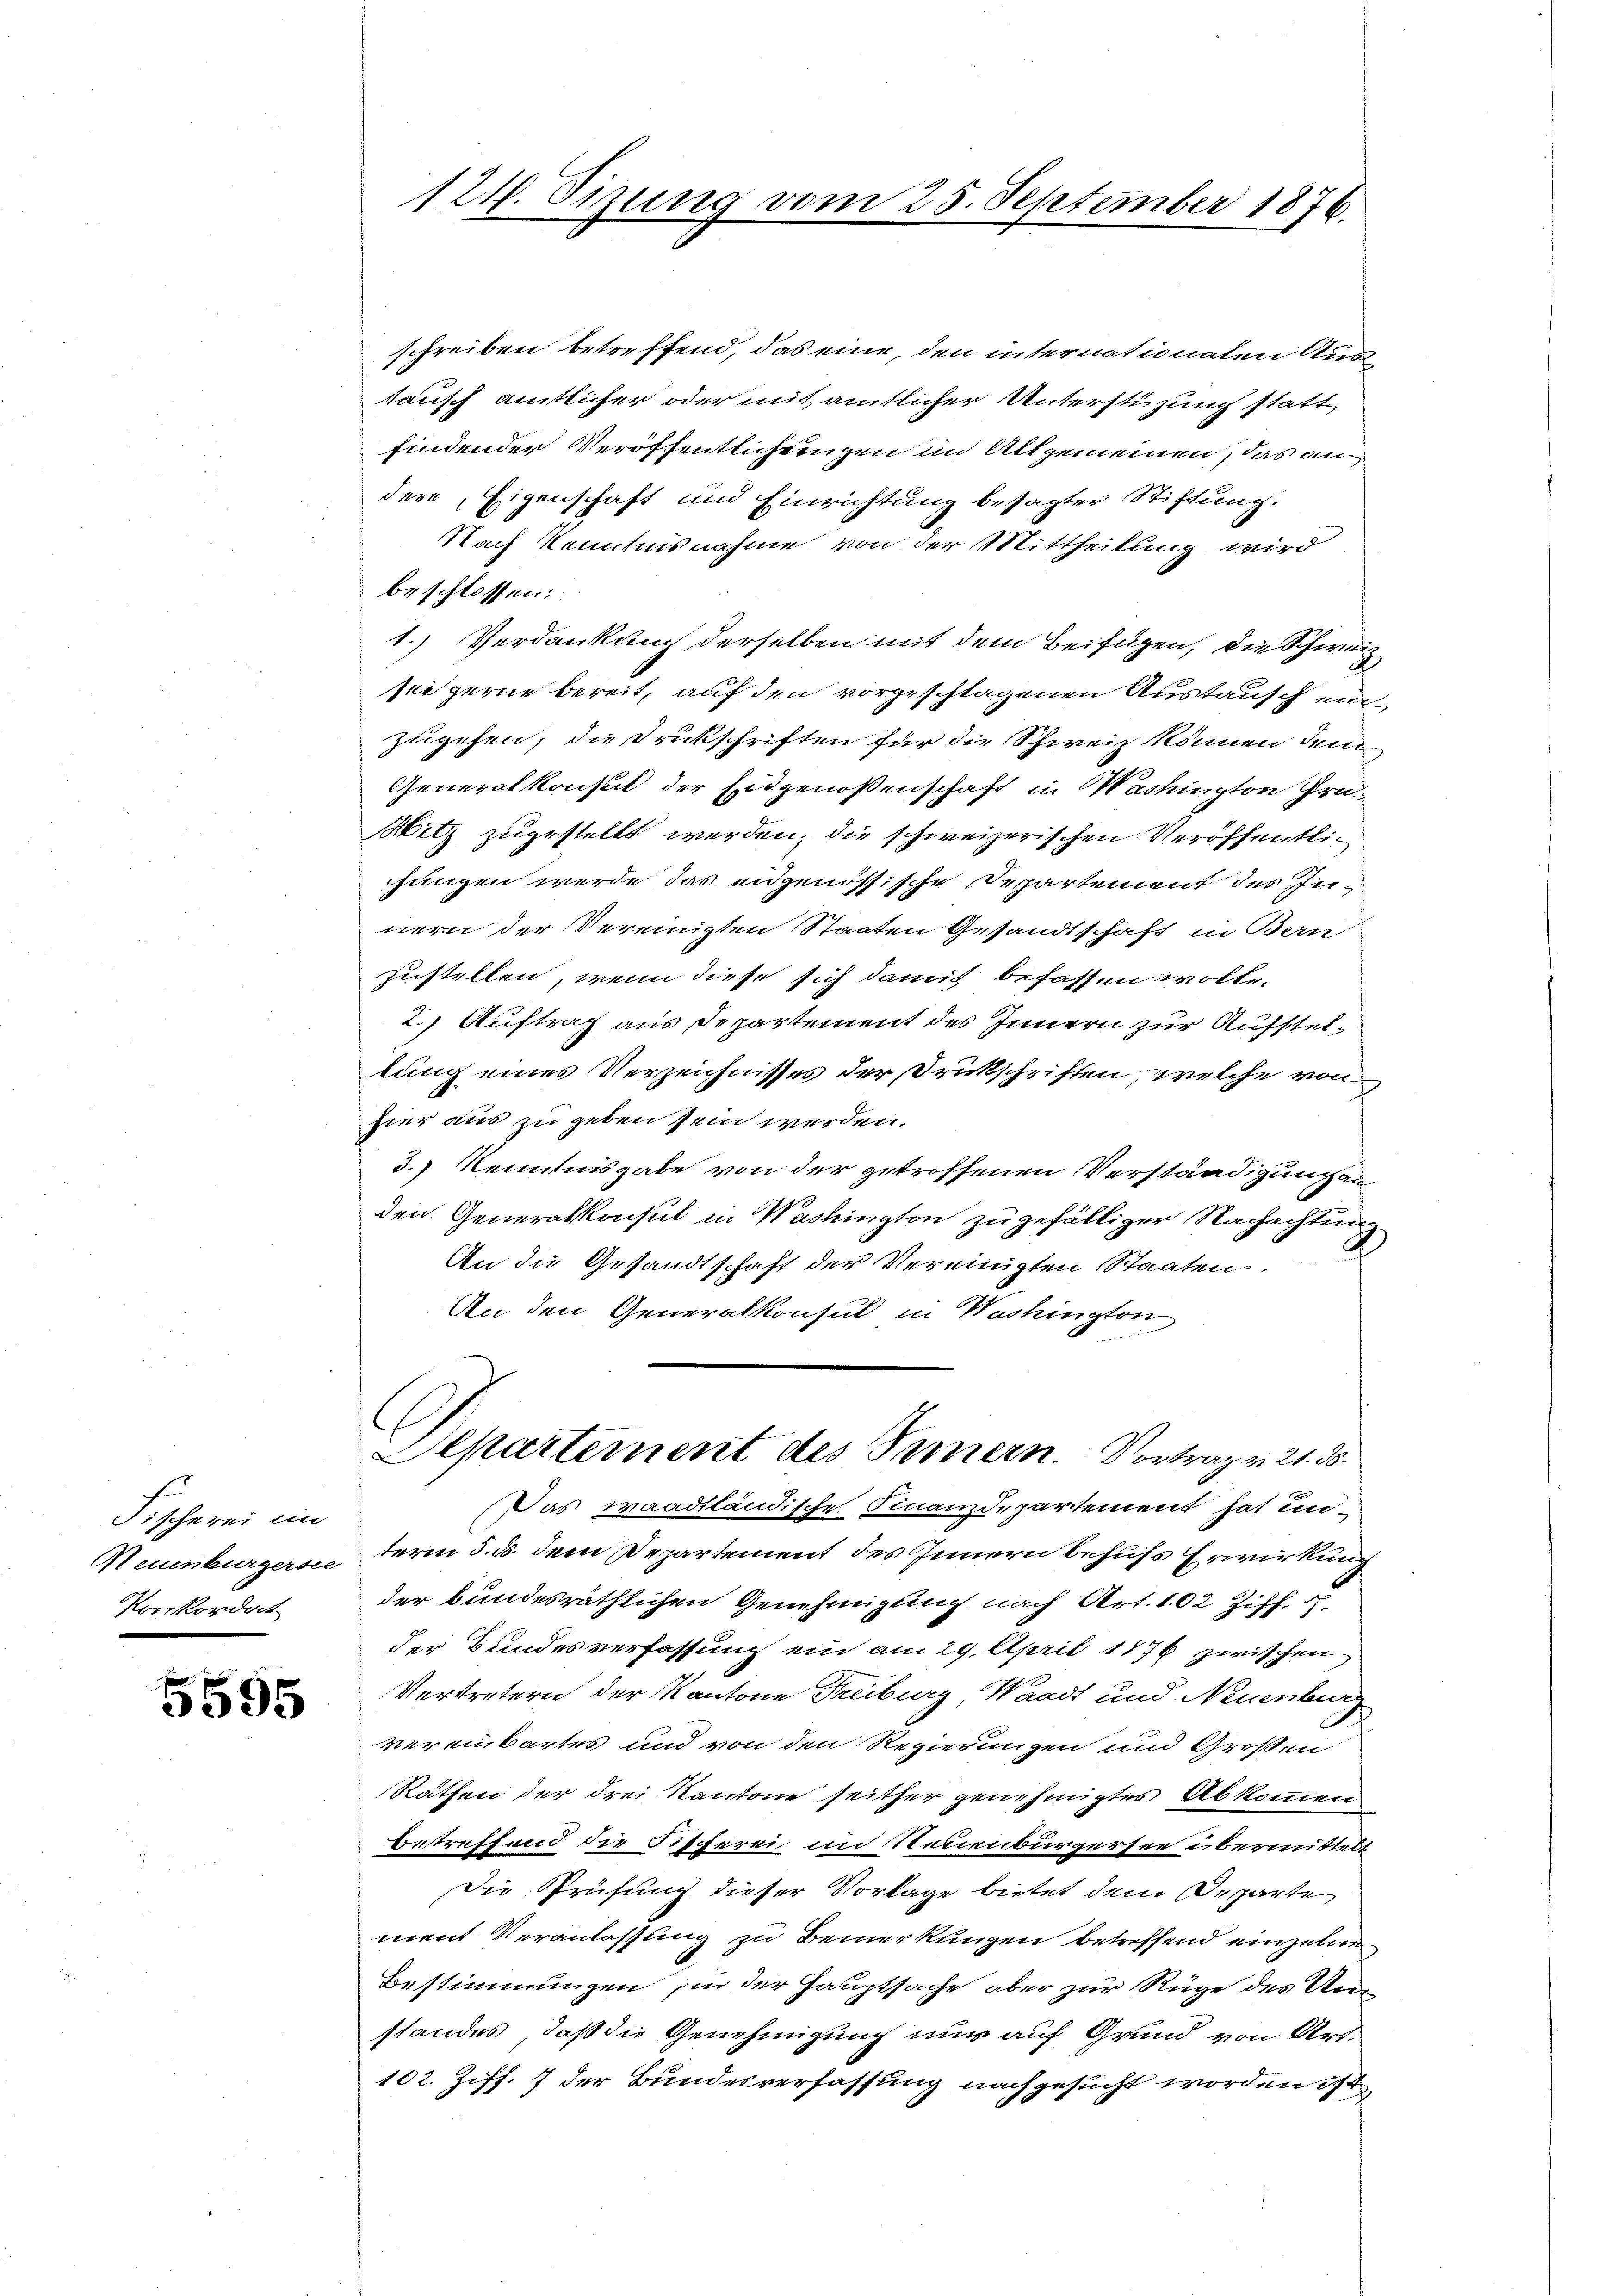
Fischerei im
Neuenburgerste
Vorordnet

5595

124. Sizung vom 25. September 1876.

schreiben betreffend, das eine, den internationaten Austausch amtlicher oder mit amtlicher Unterstüzung statt
findender Veröffentlichungen im Altgemeinen, das an
dere, Eigenschaft und Einrichtung besagter Stiftung.
Nach Kenntnisnahme von der Mittheilung wird
beschlossen:
1.) Verdankung derselben mit dem Beifügen, die Schweiz
see gerne bereit, auf den vorgeschlagenen Austausch einzugehen, die Drukschriften für die Schweiz können den
Generalkonsul der Eidgenoßenschaft in Washington Gru
Witz zugestellt werden, die schweizerischen Veröffentlichungen werde das eidgenössische Departement des Innern der Vereinigten Staaten Gesandtschaft in Bern
zustellen, wenn diese sich damit befassen wolle.
2.) Auftrag aus Departement des Innern zur Aufsteltung eines Verzeichnisses der Druckschriften, welche von
hier aus zu geben sein werden.
3.) Kenntnisgabe von der getroffenen Verständigung an
den Generalkonsul in Washington zu gefälliger Nachachtung
An die Gesandtschaft der Vereinigten Staaten.
An den Generalkonsul in Washington
Separtement des Innern. Vortrag v. 21. 58.
Das waadtländische Finanzdepartement hat un-
term 5. ds. dem Departement des Innern behufs Erwirkung
der bundesräthlichen Genehmigung nach Art. 102 Ziff. S.
der Bundesverfassung ein am 29. April 1876 zwischen
Vertretern der Kantone Freiburg, Waadt und Neuenburg
varenbartes und von den Regierungen und Großen
Rathen der drei Kantone seither genehmigtes Abkommen
betreffend die Fischerei im Neuenbürgersee übermittelt
Die Prüfung dieser Vorlage bietet dem Departe
ment Veranlassung zu Bemerkungen betreffend einzelne
Bestimmungen in der Hauptsache aber zur Rüge des Unstandes, daß die Genehmigung nur auf Grund von Art.
102. Ziff. 7 der Bundesverfassung nachgesucht worden ist